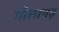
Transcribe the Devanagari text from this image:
मौलागढ़